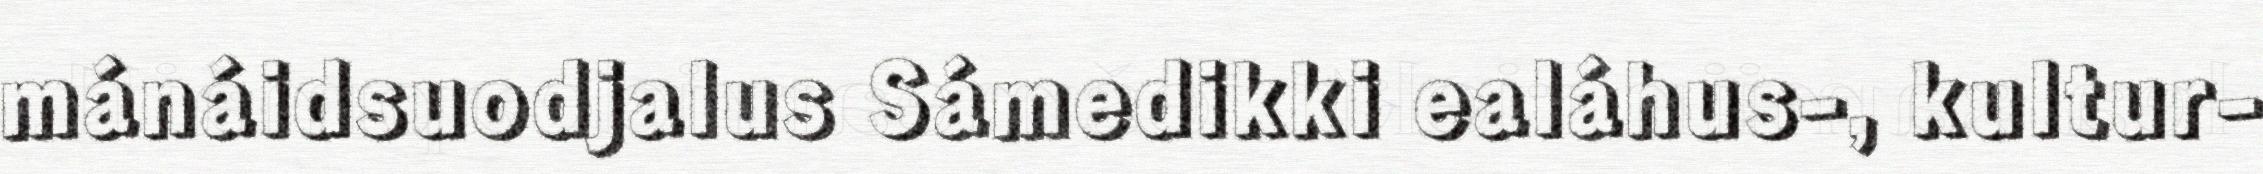
mánáidsuodjalus Sámedikki ealáhus-, kultur-